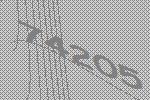
74205